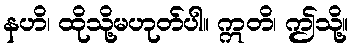
နဟိ၊ ထိုသို့မဟုတ်ပါ။ ဣတိ၊ ဤသို့။